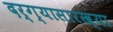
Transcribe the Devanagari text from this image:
दर्ग्यासारख्या